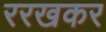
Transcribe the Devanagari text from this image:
ररखकर